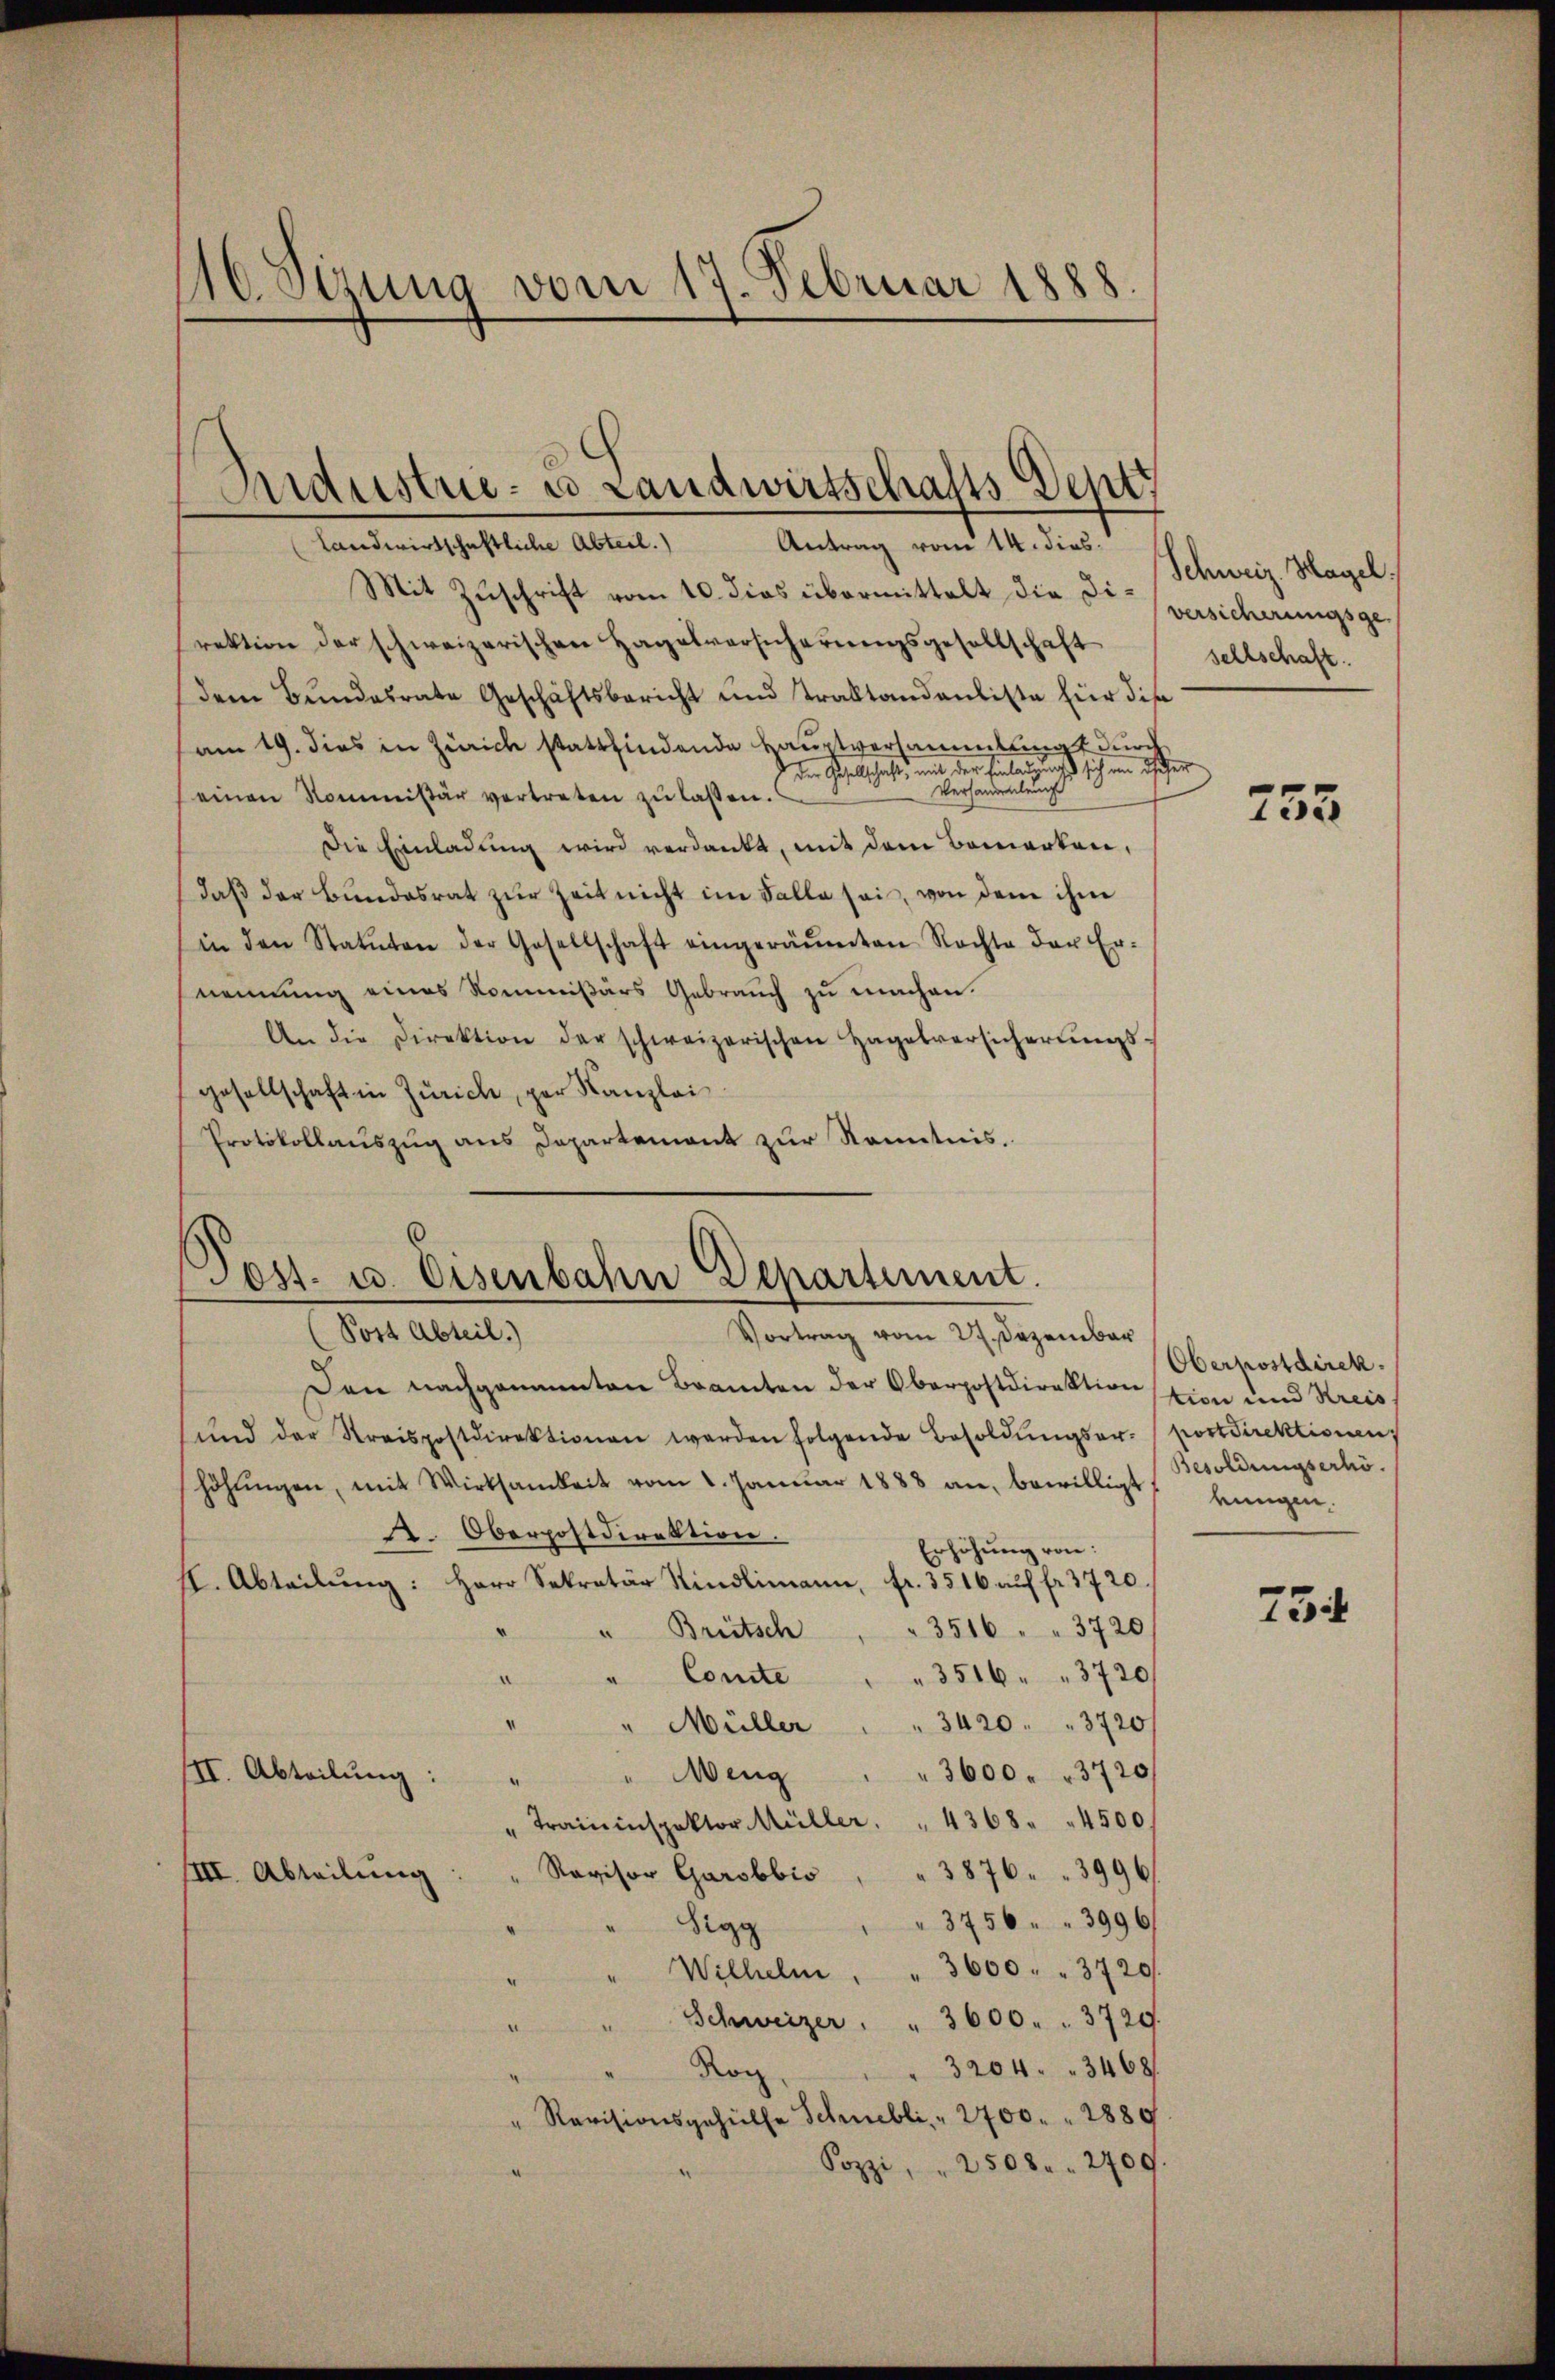
16. Sizung vom 17. Februar 1888.

Mit Zŭschrift vom 10. dies übermittelt die Diversicherungsge
rektion der schweizerischen Hagelversicherŭngsgesellschaft
dem Bundesrate Geschäftsbericht und Traktandenliste für dise
am 19. dies in Zürich stattfindende Hauptversammlung durch
Die Geselschaft, mit der Einbar nicht sich in desser
Verhandenlung
(einen Kommissär vertreten zu lassen.
Die Einladung wird verdankt, mit dem Bemerken,
daß der Bundesrat zur Zeit nicht im Falle sei, von dem ihm
in den Statuten der Gesellschaft eingeräŭmten Rechte der Er-
nennung eines Kommißärs Gebrauch zu machen.
An die Direktion der schweizerischen Hagelversicherŭngs-
gesellschaft in Zürich, per Kanzlei
Protokollauszug aus Departement zur Kenntnis.

Industrie- u. Landwirtschalts Dentt
Landwirtschaftliche Abteil.)
Antrag vom 14. dies.

Tes. u. Eisenbahn Departement.
(Post Abteil.)
Vortrag vom 27. Dezember

Den nachgenannten Beamten der Oberpostdirektion stion und Kreiss
und der Streispostdirektionen werden folgende Besoldŭngserpostdirektionen
höhŭngen, mit Wirksamkeit vom 1. Januar 1888 an, bewilligt ungen-
. Oberpostdirektion.
Erhöhung von:
II. Abteilŭng: Herr Sekretär Kindlimann, fr. 3516 aŭf fr. 3720.
3516 " " 3720
" Brütsch
3516 " " 3720
Comite
.
" Müller " " 3420. 3720
3600. 3720/
Weng
III. Abteilung:
¬
" Traininspektor Müller " 4368 " " 4500.
Ravisor Garobbis " " 3876 " " 3996
IIII. Abteilung:
3756. 3996/
Sigg
Wilhelm " " 3600 " " 3720/
Schweizer " " 3600. " 3729.
3204. 3468
Roc
" Revisionsgehülfe Schnelli, " 2700. 1889.
Sozzi, " 2508. 2409.

Schweiz. Hagel.
sellschaft.

753

Oberpostdirek
Besoldungserhö

734